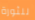
للثورة